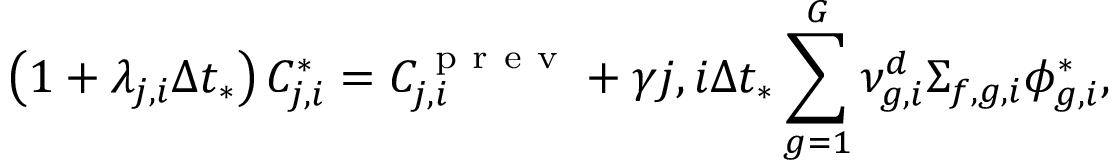
\left( 1 + \lambda _ { j , i } \Delta t _ { * } \right) C _ { j , i } ^ { * } = C _ { j , i } ^ { \mathrm { ~ p ~ r ~ e ~ v ~ } } + \gamma { j , i } \Delta t _ { * } \sum _ { g = 1 } ^ { G } \nu _ { g , i } ^ { d } \Sigma _ { f , g , i } \phi _ { g , i } ^ { * } ,